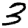
Digit: 3